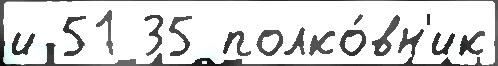
и 51 35 полко́вн'ик